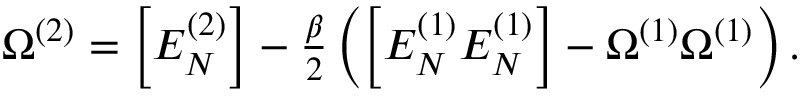
\begin{array} { r } { \Omega ^ { ( 2 ) } = \left[ E _ { N } ^ { ( 2 ) } \right] - \frac { \beta } { 2 } \left( \left[ { E _ { N } ^ { ( 1 ) } E _ { N } ^ { ( 1 ) } } \right] - \Omega ^ { ( 1 ) } \Omega ^ { ( 1 ) } \right) . } \end{array}